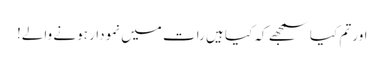
اور تم کیا سمجھے کہ کیا ہیں رات میں نمودار ہونے والے!